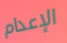
الإعدام